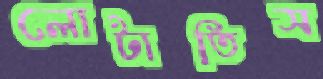
লোটাতিস